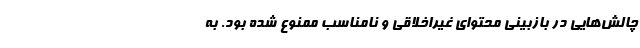
چالش‌هایی در بازبینی محتوای غیراخلاقی و نامناسب ممنوع شده بود. به